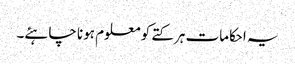
یہ احکامات ہر کتے کو معلوم ہونا چاہئے۔